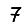
Digit: 7